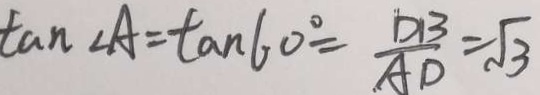
\tan \angle A = \tan 6 0 ^ { \circ } = \frac { D B } { A D } = \sqrt { 3 }